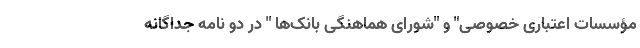
مؤسسات اعتباری خصوصی" و "شورای هماهنگی بانک‌ها " در دو نامه جداگانه